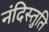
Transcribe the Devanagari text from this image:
नंदिस्तुति